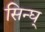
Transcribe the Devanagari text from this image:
सिन्घ्